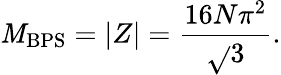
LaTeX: \mathit{M}_{\mathrm{{BPS}}}=\left|Z\right|=\frac{{16N\pi^{2}}}{{\sqrt{}{{3}}}}.